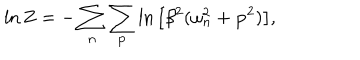
LaTeX: \ln Z = - \sum _ { n } \sum _ { { \bf p } } \ln \big [ \beta ^ { 2 } ( \omega _ { n } ^ { 2 } + { \bf p } ^ { 2 } ) \big ] ,